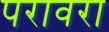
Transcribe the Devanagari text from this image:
परावरा